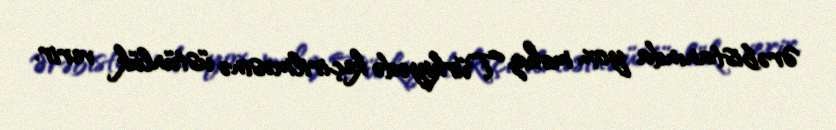
Ərəbistanında yox, məhz Türkiyədə keçirilməsinə üstünlük verir.